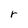
Character: r